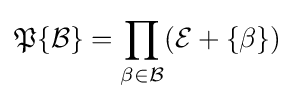
{\mathfrak {P}}\{{\mathcal {B}}\}=\prod _{\beta \in {\mathcal {B}}}({\mathcal {E}}+\{\beta \})